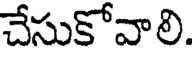
చేసుకోవాలి.